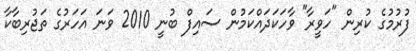
ފުރުމުގެ ކުރިން "ހަވީރާ" ވާހަކަދައްކަމުން ސައިފް ބުނީ 2010 ވަނަ އަހަރުގެ ތަޖުރިބާކާ